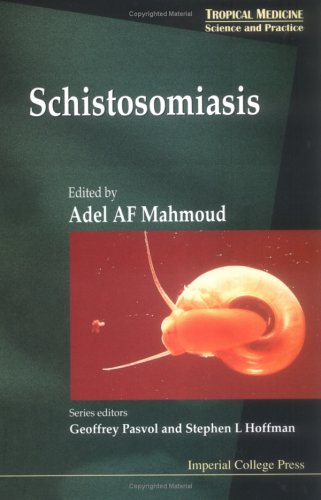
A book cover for Schistosomiasis; Medical Books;